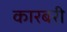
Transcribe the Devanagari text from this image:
कारबरी